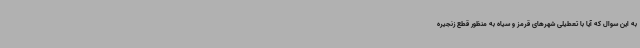
به این سوال که آیا با تعطیلی شهرهای قرمز و سیاه به منظور قطع زنجیره